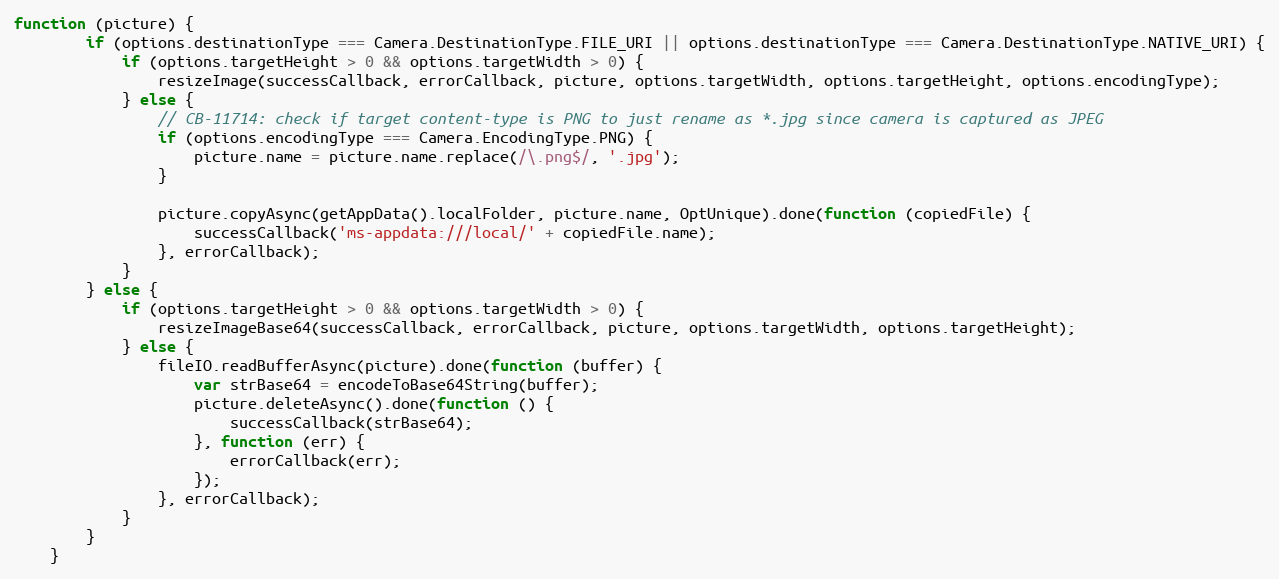
Language: JavaScript
function (picture) {
        if (options.destinationType === Camera.DestinationType.FILE_URI || options.destinationType === Camera.DestinationType.NATIVE_URI) {
            if (options.targetHeight > 0 && options.targetWidth > 0) {
                resizeImage(successCallback, errorCallback, picture, options.targetWidth, options.targetHeight, options.encodingType);
            } else {
                // CB-11714: check if target content-type is PNG to just rename as *.jpg since camera is captured as JPEG
                if (options.encodingType === Camera.EncodingType.PNG) {
                    picture.name = picture.name.replace(/\.png$/, '.jpg');
                }

                picture.copyAsync(getAppData().localFolder, picture.name, OptUnique).done(function (copiedFile) {
                    successCallback('ms-appdata:///local/' + copiedFile.name);
                }, errorCallback);
            }
        } else {
            if (options.targetHeight > 0 && options.targetWidth > 0) {
                resizeImageBase64(successCallback, errorCallback, picture, options.targetWidth, options.targetHeight);
            } else {
                fileIO.readBufferAsync(picture).done(function (buffer) {
                    var strBase64 = encodeToBase64String(buffer);
                    picture.deleteAsync().done(function () {
                        successCallback(strBase64);
                    }, function (err) {
                        errorCallback(err);
                    });
                }, errorCallback);
            }
        }
    }